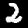
Label: 2